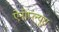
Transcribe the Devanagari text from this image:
ऐनोप्ल्यूरा